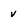
Character: v